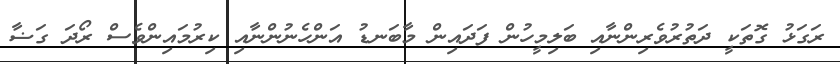
ރަގަޅު ގޮތަކީ ދަތުރުވެރިންނާއި ބަލިމީހުން ފަދައިން މާބަނޑު އަންހެނުންނާއި ކިރުމައިންވެސް ރޯދަ ގަޟާ